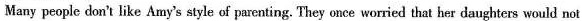
Many people don't like Amy's style of parenting. They once worried that her daughters would not